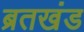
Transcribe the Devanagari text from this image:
ब्रतखंड